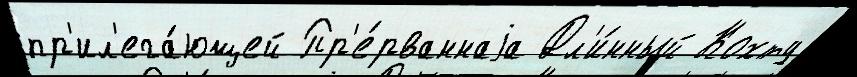
пр'ил'ега́ющей Пр'е́рваннаjа Дл'и́нный Кохту